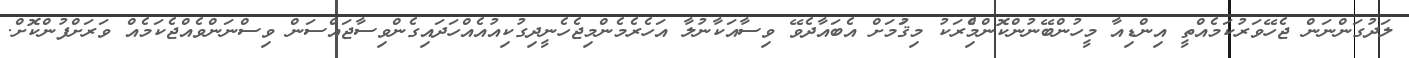
ލަދުގަންނަން ޖެހޭވަރުކަމެއްތީ އިންޑިއާ މީހުންބޭނުންކޮންމެްިރަކު މިޤަުމަށް އެބައާދެވޭ ވިސާއަކާނުލާ އަހެރެމެންމިޖެހެނީދިގުކިއުއެއްހަދައިގެންވިސާޖައްސަން ވިސްނަންވެއްޖެކަމެއް ވަރަށްފުންކޮށް.